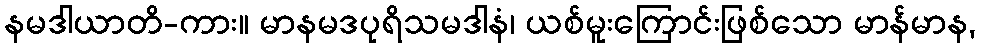
နမဒါယာတိ-ကား။ မာနမဒပုရိသမဒါနံ၊ ယစ်မူးကြောင်းဖြစ်သော မာန်မာန,